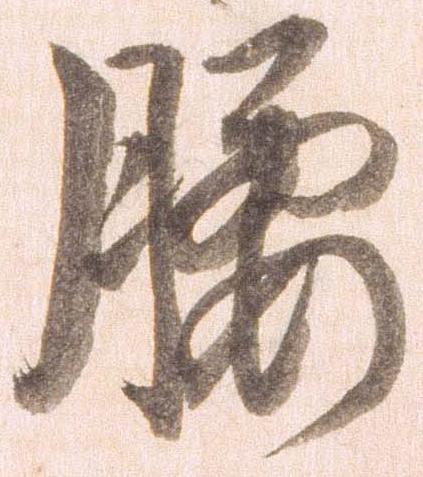
腰